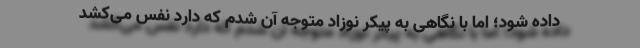
داده شود؛ اما با نگاهی به پیکر نوزاد متوجه آن شدم که دارد نفس می‌کشد